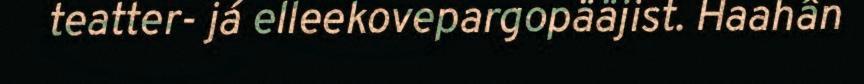
teatter- já elleekovepargopääjist. Haahân